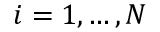
i = 1 , \ldots , N